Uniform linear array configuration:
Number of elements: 16
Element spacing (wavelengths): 0.5
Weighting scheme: binomial
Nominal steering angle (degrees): -45
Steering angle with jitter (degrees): -43.665
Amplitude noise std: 0.05
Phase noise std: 0.05

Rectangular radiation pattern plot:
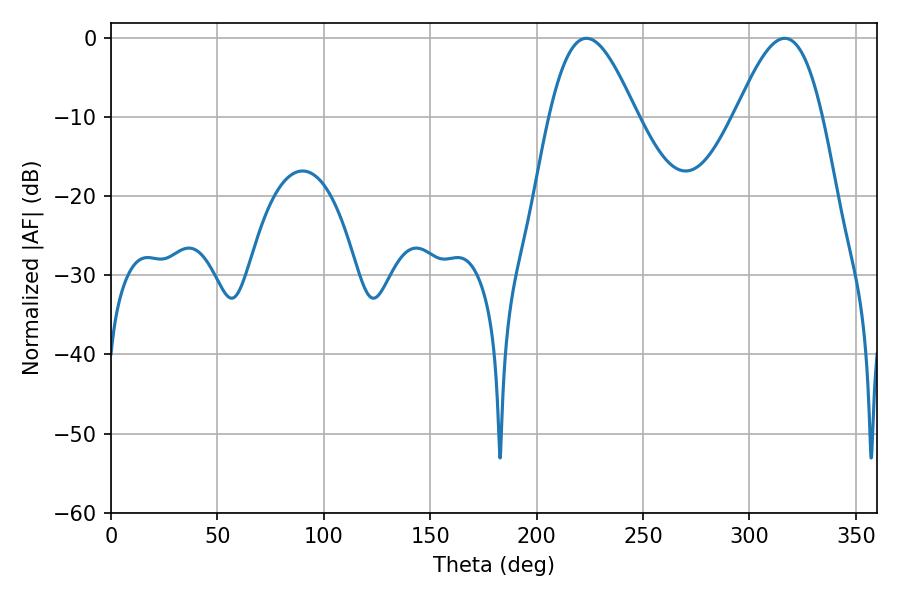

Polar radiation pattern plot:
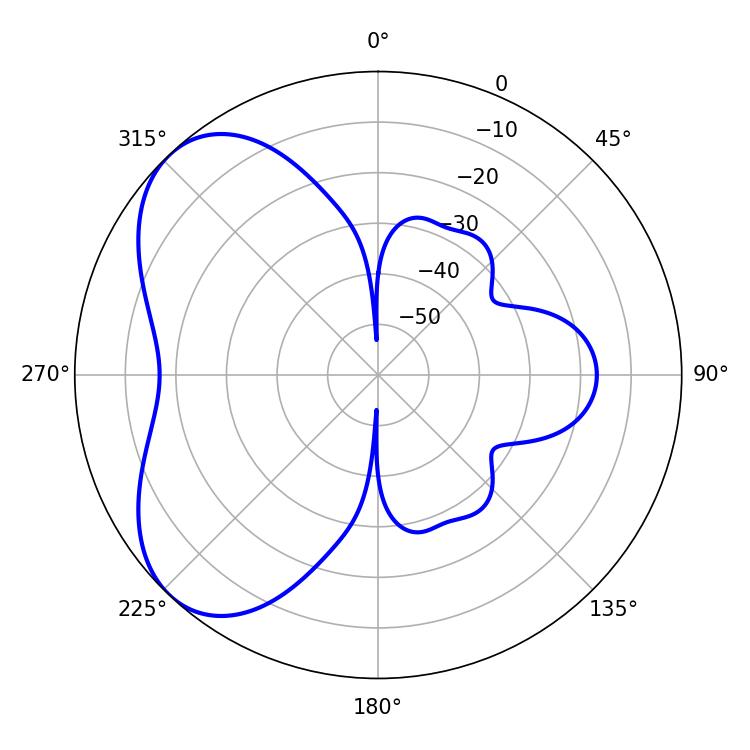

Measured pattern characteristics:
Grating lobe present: FALSE
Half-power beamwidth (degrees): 21.96
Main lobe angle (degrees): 223.38